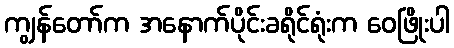
ကျွန်တော်က အနောက်ပိုင်းခရိုင်ရုံးက ဝေဖြိုးပါ